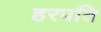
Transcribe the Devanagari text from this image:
हरपति